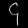
Digit: ၄